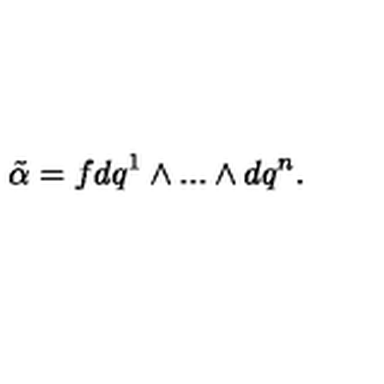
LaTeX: { \tilde { \alpha } } = f d q ^ { 1 } \wedge . . . \wedge d q ^ { n } .